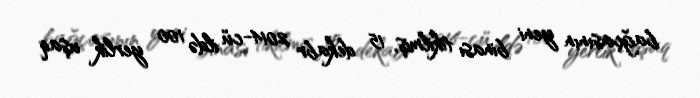
bağçasının yeni binası tikilmiş, 15 dekabr 2014-cü ildə 100 yerlik uşaq